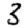
Digit: 8